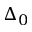
\Delta _ { 0 }